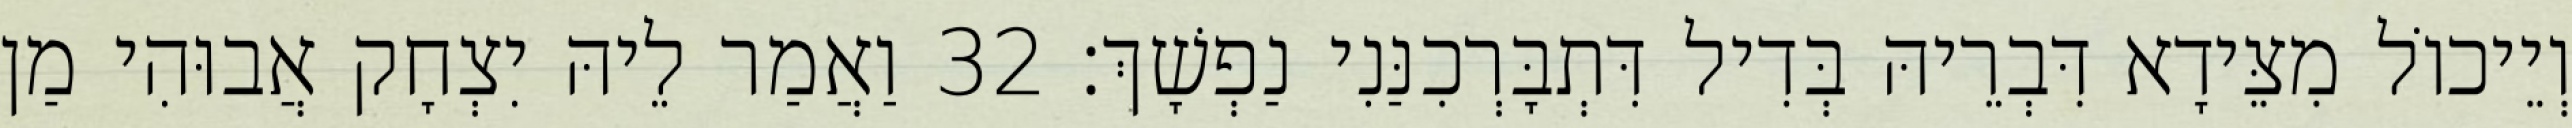
וְיֵיכוֹל מִצֵּידָא דִּבְרֵיהּ בְּדִיל דִּתְבָּרְכִנַּנִי נַפְשָׁךְ׃ 32 וַאֲמַר לֵיהּ יִצְחָק אֲבוּהִי מַן